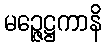
မဉ္ဇေဋ္ဌကာနိ